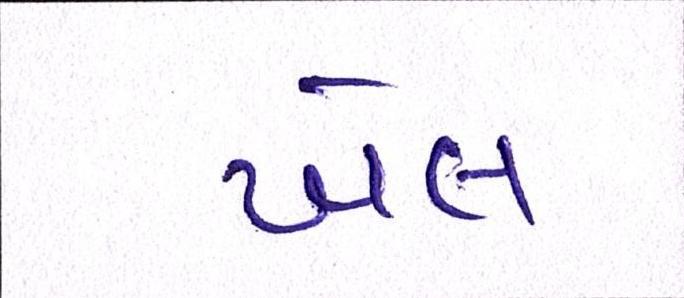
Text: ખેલ